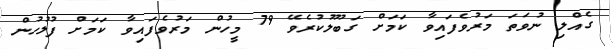
ގެއްލި ނުވަތަ މަރުވެފައިވާ ކަމަށް ގަބޫލުކުރެވޭ 79 މީހުން މަރުވެފައިވާ ކަމަށް ފުލުހުން